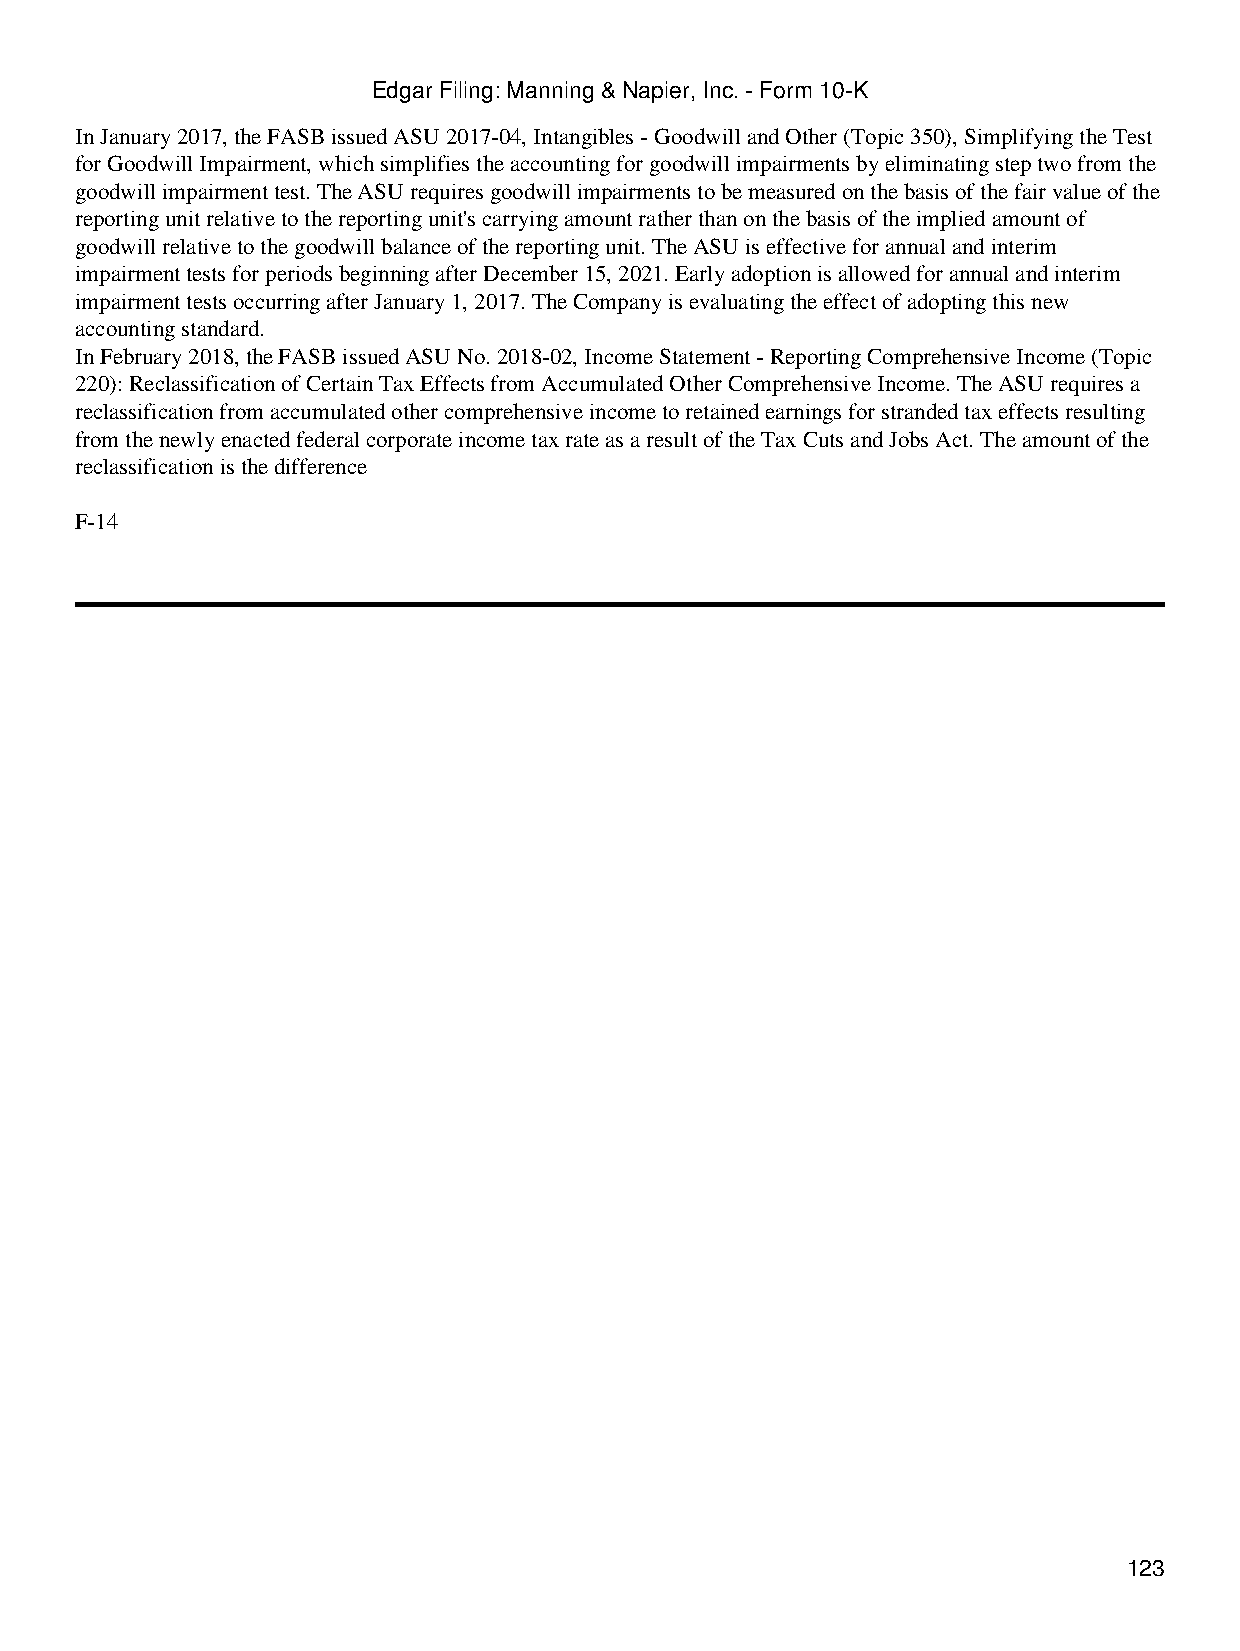
Edgar Filing: Manning & Napier, Inc. - Form 10-K
 In January 2017, the FASB issued ASU 2017-04, Intangibles - Goodwill and Other (Topic 350), Simplifying the Test
 for Goodwill Impairment, which simplifies the accounting for goodwill impairments by eliminating step two from the
 goodwill impairment test. The ASU requires goodwill impairments to be measured on the basis of the fair value of the
 reporting unit relative to the reporting unit's carrying amount rather than on the basis of the implied amount of
 goodwill relative to the goodwill balance of the reporting unit. The ASU is effective for annual and interim
 impairment tests for periods beginning after December 15, 2021. Early adoption is allowed for annual and interim
 impairment tests occurring after January 1, 2017. The Company is evaluating the effect of adopting this new
 accounting standard.
 In February 2018, the FASB issued ASU No. 2018-02, Income Statement - Reporting Comprehensive Income (Topic
 220): Reclassification of Certain Tax Effects from Accumulated Other Comprehensive Income. The ASU requires a
 reclassification from accumulated other comprehensive income to retained earnings for stranded tax effects resulting
 from the newly enacted federal corporate income tax rate as a result of the Tax Cuts and Jobs Act. The amount of the
 reclassification is the difference
 F-14
 123